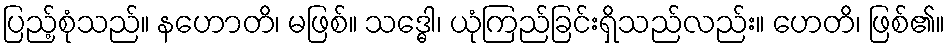
ပြည့်စုံသည်။ နဟောတိ၊ မဖြစ်။ သဒ္ဓေါ၊ ယုံကြည်ခြင်းရှိသည်လည်း။ ဟေတိ၊ ဖြစ်၏။